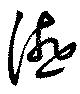
讌